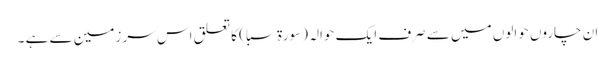
ان چاروں حوالوں میں سے صرف ایک حوالہ (سورة سبا ) کا تعلق اس سر زمین سے ہے ۔